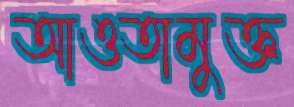
আওতামুক্ত